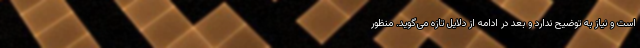
است و نیاز به توضیح ندارد و بعد در ادامه از دلایل تازه می‌گوید. منظور